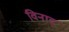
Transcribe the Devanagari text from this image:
विनाद